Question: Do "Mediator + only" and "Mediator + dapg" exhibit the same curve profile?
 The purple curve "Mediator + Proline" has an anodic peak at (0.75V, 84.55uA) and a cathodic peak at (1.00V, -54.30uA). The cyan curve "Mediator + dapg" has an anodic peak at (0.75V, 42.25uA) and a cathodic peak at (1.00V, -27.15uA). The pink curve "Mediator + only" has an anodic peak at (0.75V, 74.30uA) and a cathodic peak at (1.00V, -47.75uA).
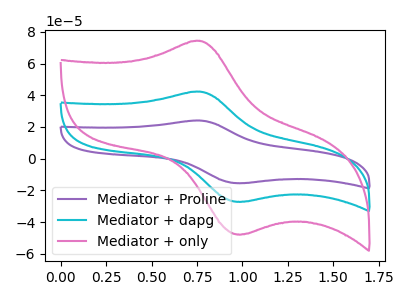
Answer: <think>All the peaks in "Mediator + only" have a peak in "Mediator + dapg" at the same potential. Every peak in "Mediator + only" is higher than every peak in "Mediator + dapg".
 </think>
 <answer>"Mediator + only" and "Mediator + dapg" are similar in shape.</answer>
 <eval>same_shape</eval>